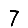
Digit: 7